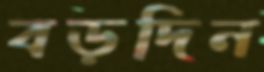
বড়দিন